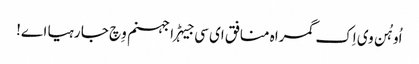
اُو ہُن وی اِک گمراہ منافق ای سی جیہڑا جہنم وِچ جا رہیا اے!